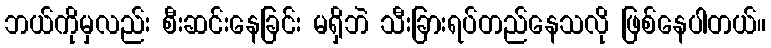
ဘယ်ကိုမှလည်း စီးဆင်းနေခြင်း မရှိဘဲ သီးခြားရပ်တည်နေသလို ဖြစ်နေပါတယ်။